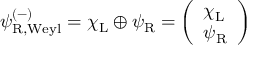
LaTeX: \psi _ { \mathrm { { R , W e y l } } } ^ { ( - ) } = \chi _ { \mathrm { { L } } } \oplus \psi _ { \mathrm { { R } } } = { \left( \begin{array} { l } { \chi _ { \mathrm { { L } } } } \\ { \psi _ { \mathrm { { R } } } } \end{array} \right) }